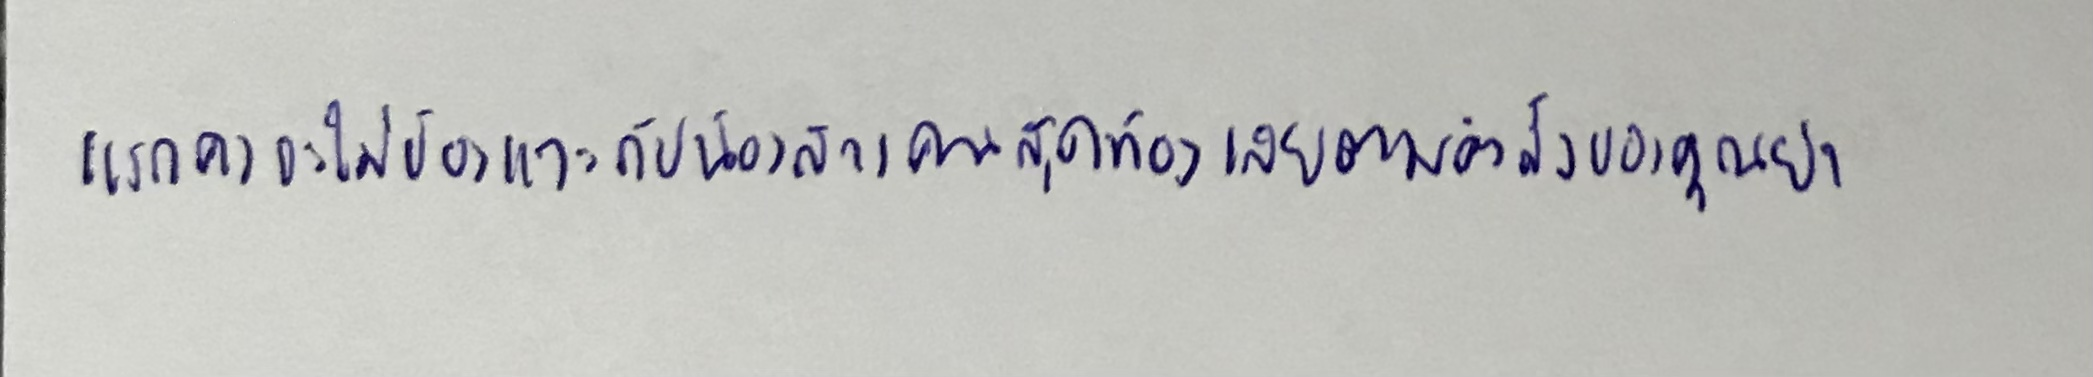
แรกคงจะไม่ข้องแวะกับน้องสาวคนสุดท้องเลยตามคำสั่งของคุณย่า